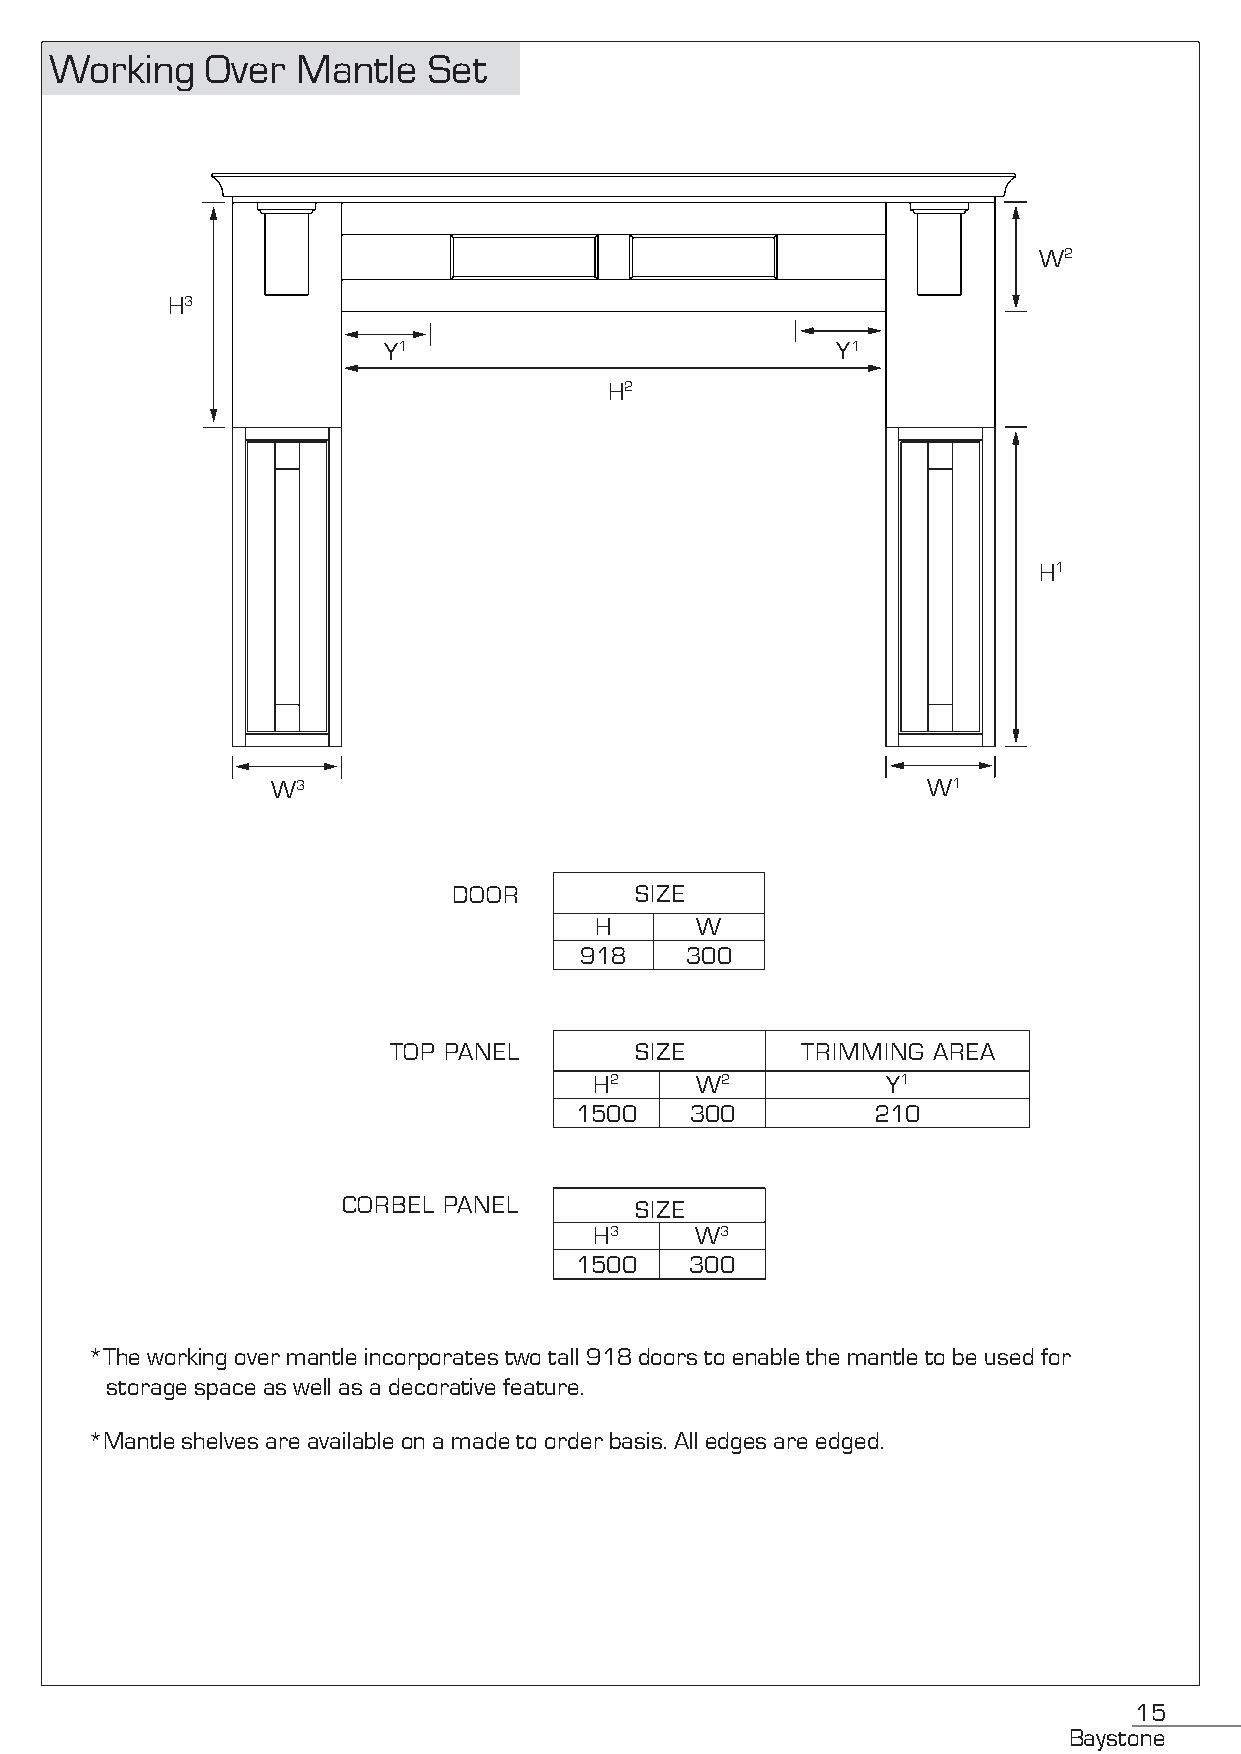
Working    Over  Mantle  Set
 W2
 H3
 Y1                            Y1
 H2
 H1
 W3                                         W1
 DOOR        SIZE
 H      W
 918    300
 TOP PANEL       SIZE       TRIMMING AREA
 H2     W2           Y1
 1500    300         210
 CORBEL PANEL       SIZE
 H3     W3
 1500    300
 *The working over mantle incorporates two tall 918 doors to enable the mantle to be used for
 storage space as well as a decorative feature.
 *Mantle shelves are available on a made to order basis. All edges are edged.
 15
 Baystone